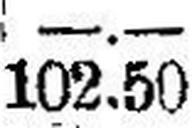
102.50